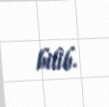
bilib.